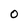
Character: 0